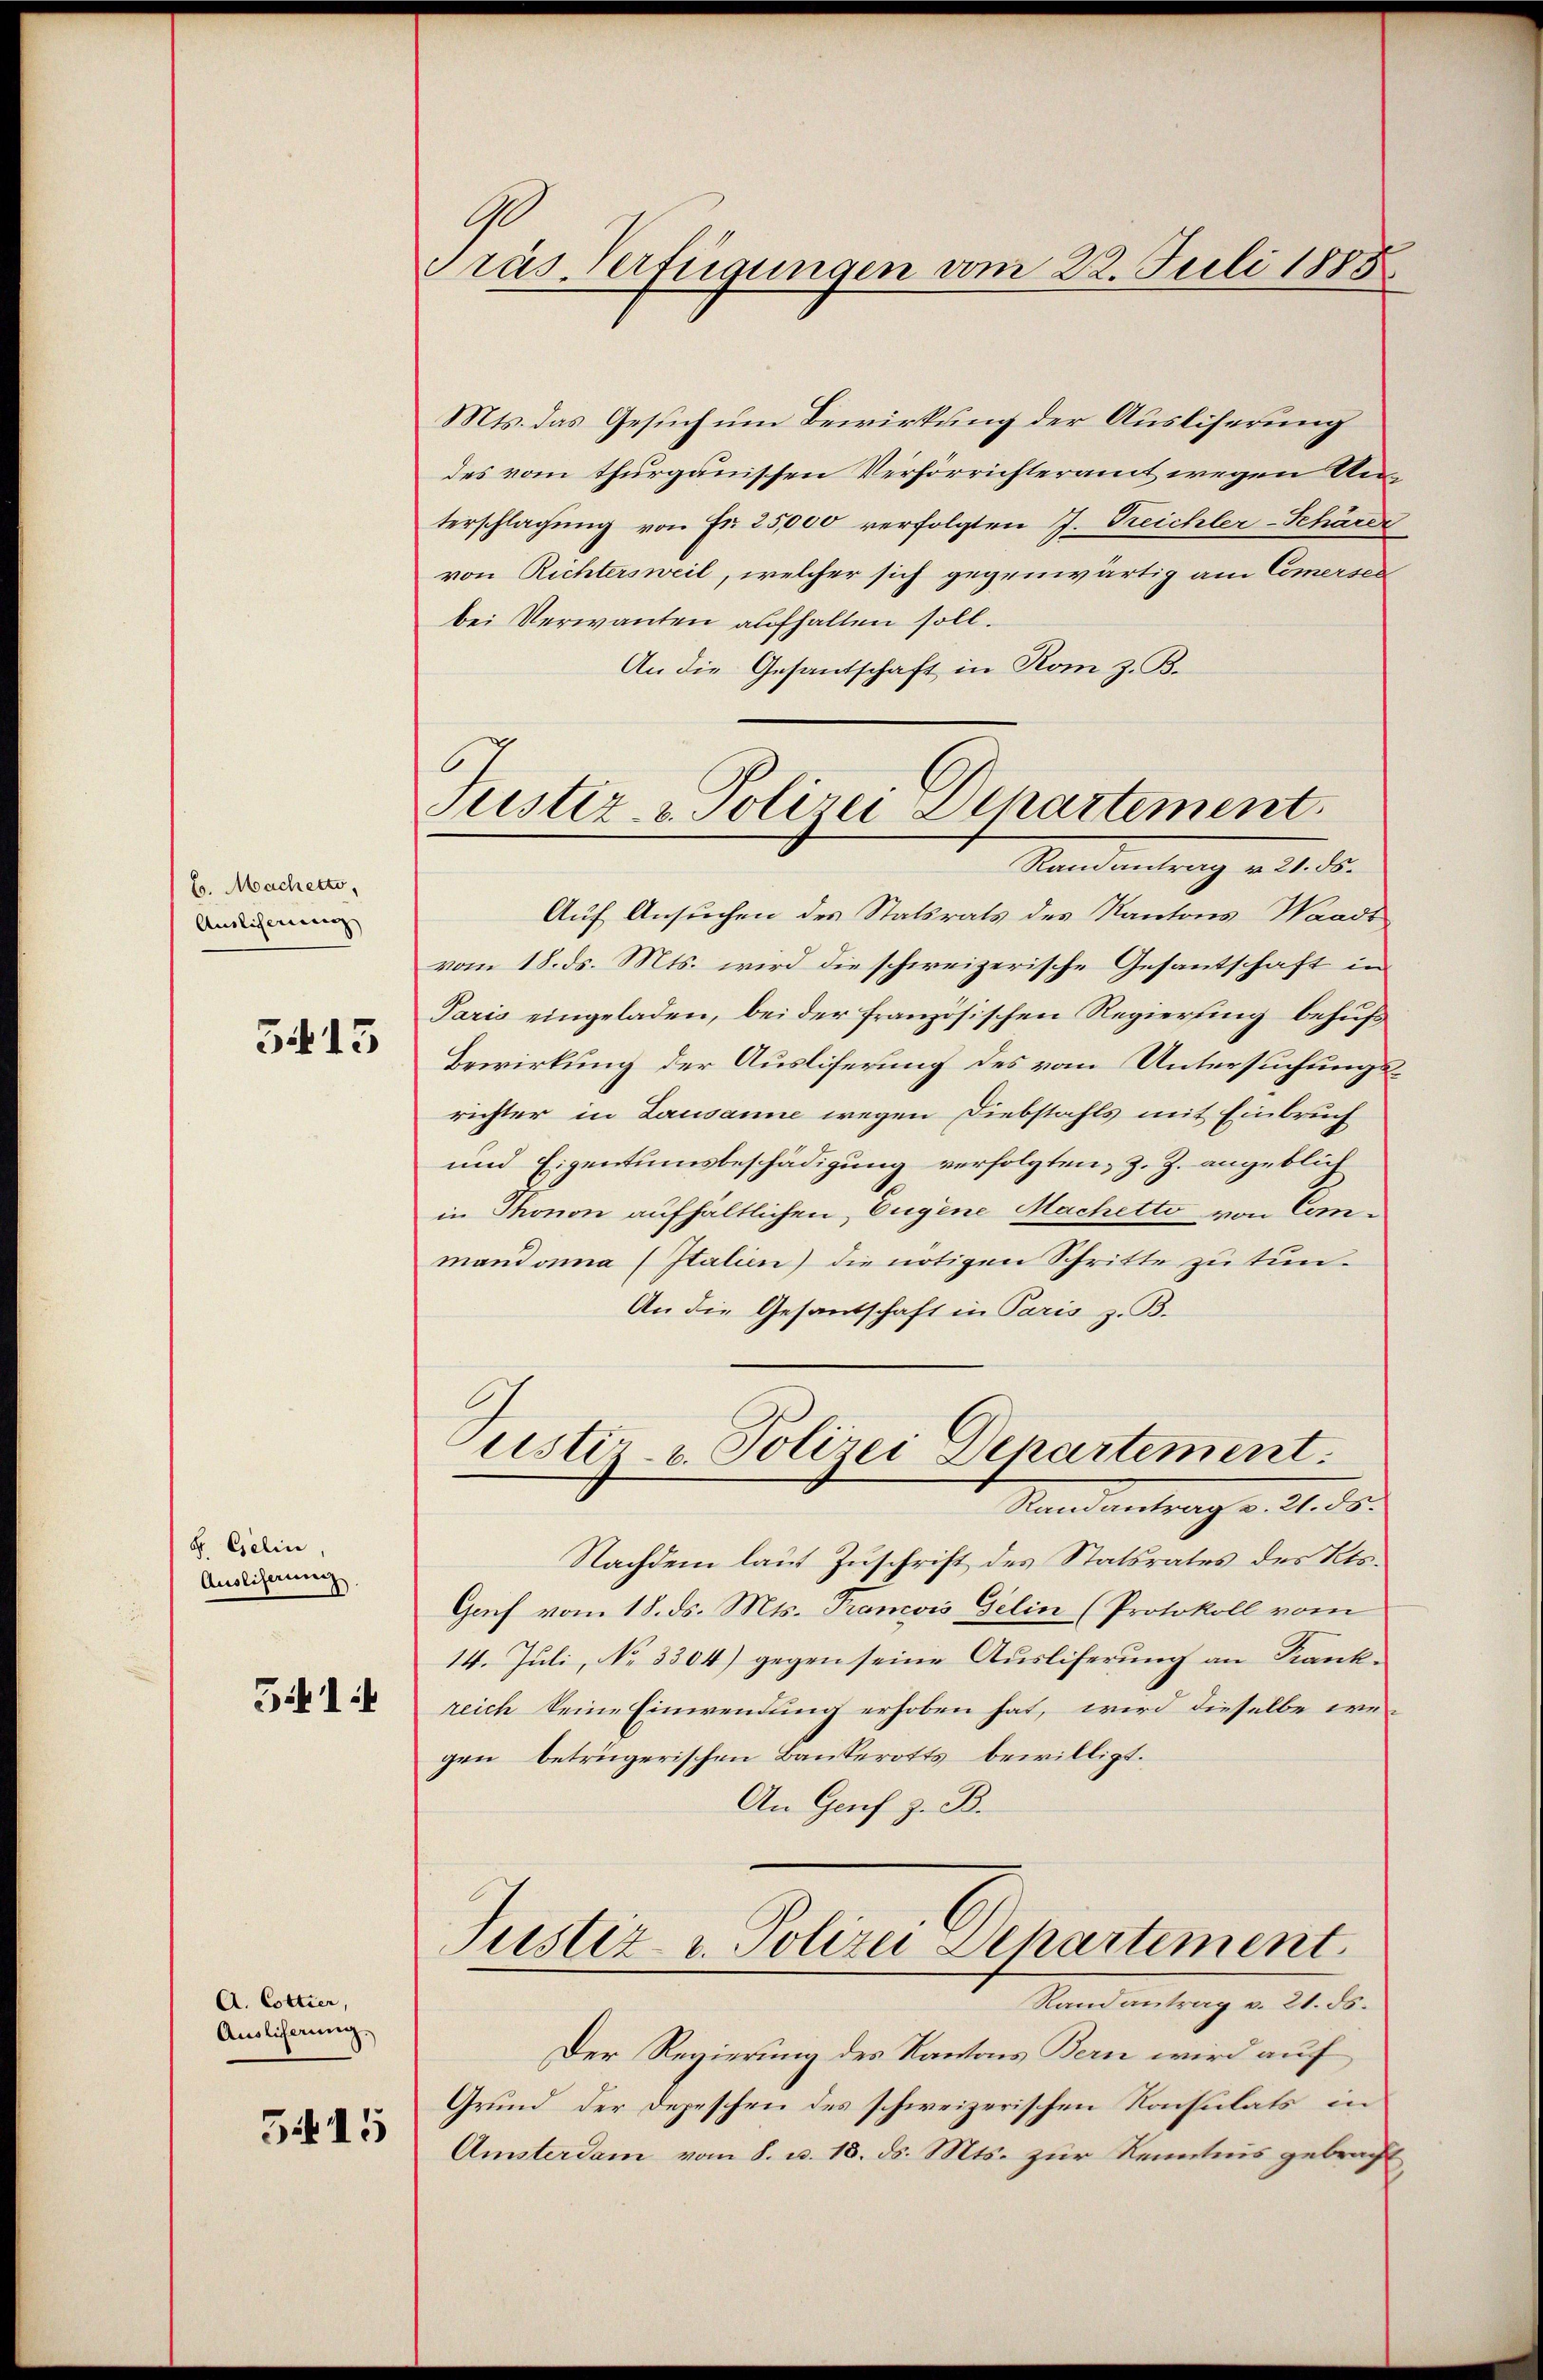
6. Macherto,
Auslieferung |
3f 13

F. Gelin,
Ausliferung
541

A. Cottier,
Auslicherung.
5415

.
Präs. Verfügungen vom 22. Juli 1885

Mts. das Gesuch um Bewirkung der Ausliserung
des vom thurgauischen Verhörrichteramt wegen Anterschlagung von Fr. 25,000 verfolgten J. Treichler-Schärer
von Richtersweil, welcher sich gegenwärtig am Comersel
bei Verwanten aufhalten soll.
An die Gesantschaft in Rom z. B.
Auf Ansuchen des Statsrats des Kantons Waadt
vom 18. ds. Mts. wird die schweizerische Gesantschaft in
Paris eingeladen, bei der französischen Regierung behufs
Bewirkung der Ausliferung des vom Untersuchungsrichter in Lausanne wegen Diebstahls mit Einbruch
und Eigentumsbeschädigung verfolgten, z. Z. angeblich
in Thonon aufhältlichen Eugene Machetto von Commandonna (Italien) die nötigen Schritte zu tun¬
An die Gesantschaft in Paris z. B.
ustiz- & Polizei Departement.
Ranantrag v. 21. ds.
Nachdem laut Zuschrift des Statsrates des Kts.
Gruf vom 18. ds. Mts. Trancois Gelin (Protokoll vom
14. Juli, No. 3304) gegen seine Ausliferung an Krankreich keine Einwendung erhoben hat, wird dieselbe we
gen betrügerischen Bankerotts bewilligt.
An Genf z. B.
Justiz- u. Polizei Dehartement
Randantrag v. 21. ds.
Der Regierung des Kantons Bern wird auf
Grund der Depeschen des schweizerischen Konsulats in
Amsterdam vom 8. u. 15. ds. Mts. zur Kenntnis gebracht,

Justiz- & Polizei Departement.
Ramantrag u. 21. ds.